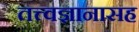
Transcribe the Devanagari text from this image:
तत्त्वज्ञानासह